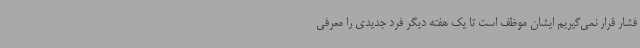
فشار قرار نمی‌گیریم ایشان موظف است تا یک هفته دیگر فرد جدیدی را معرفی